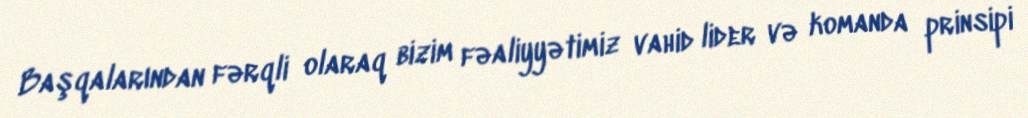
Başqalarından fərqli olaraq bizim fəaliyyətimiz vahid lider və komanda prinsipi